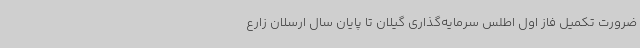
ضرورت تکمیل فاز اول اطلس سرمایه‌گذاری گیلان تا پایان سال ارسلان زارع